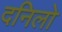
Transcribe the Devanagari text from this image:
दनिलो